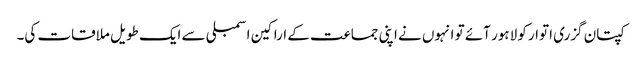
کپتان گزری اتوار کو لاہور آئے تو انہوں نے اپنی جماعت کے اراکین اسمبلی سے ایک طویل ملاقات کی۔